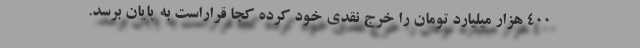
۴۰۰ هزار میلیارد تومان را خرج نقدی خود کرده کجا قراراست به پایان برسد.